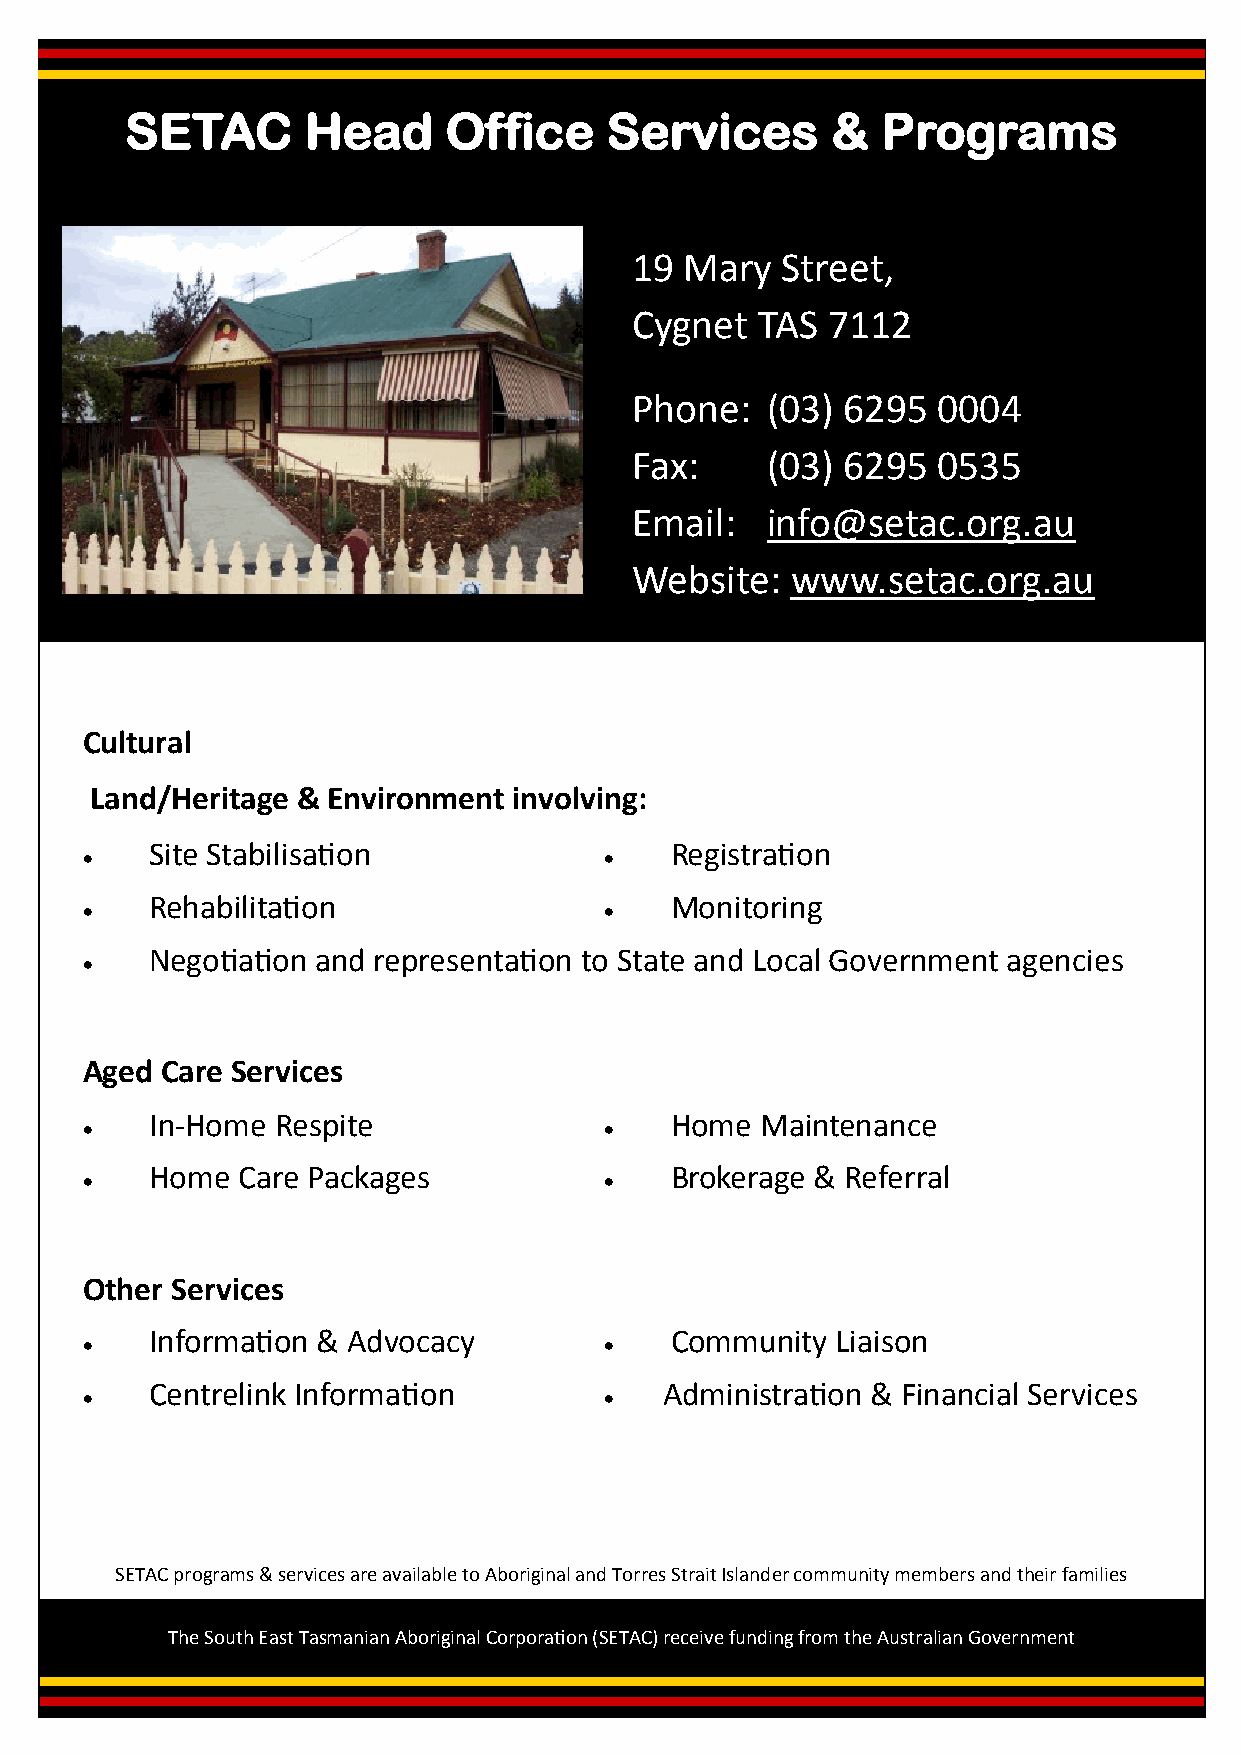
SETAC       Head     Office     Services       &  Programs
 19 Mary   Street,
 Cygnet  TAS  7112
 Phone:   (03) 6295  0004
 Fax:     (03) 6295  0535
 Email:   info@setac.org.au
 Website:  www.setac.org.au
 Cultural
 Land/Heritage & Environment involving:
 Site Stabilisation                Registration
                                   
 Rehabilitation                    Monitoring
                                   
 Negotiation and representation to State and Local Government agencies
 
 Aged  Care Services
 In-Home Respite                   Home  Maintenance
                                   
 Home  Care Packages               Brokerage & Referral
                                   
 Other Services
 Information & Advocacy            Community  Liaison
                                   
 Centrelink Information            Administration & Financial Services
                                   
 SETAC programs & services are available to Aboriginal and Torres Strait Islander community members and their families
 The South East Tasmanian Aboriginal Corporation (SETAC) receive funding from the Australian Government